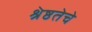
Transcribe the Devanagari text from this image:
श्रेष्ठतेचे